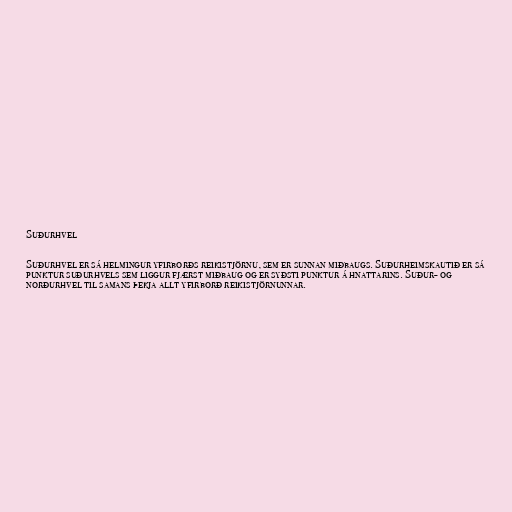
Suðurhvel

Suðurhvel er sá helmingur yfirborðs reikistjörnu, sem er sunnan miðbaugs. Suðurheimskautið er sá
punktur suðurhvels sem liggur fjærst miðbaug og er syðsti punktur á hnattarins. Suður- og
norðurhvel til samans þekja allt yfirborð reikistjörnunnar.